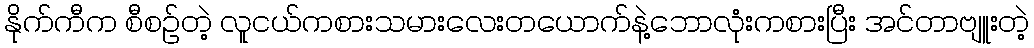
နိုက်ကီက စီစဉ်တဲ့ လူငယ်ကစားသမားလေးတယောက်နဲ့ဘောလုံးကစားပြီး အင်တာဗျူးတဲ့